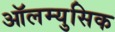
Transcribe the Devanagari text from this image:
ऑलम्युसिक